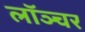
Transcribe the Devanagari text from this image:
लॉञ्चर